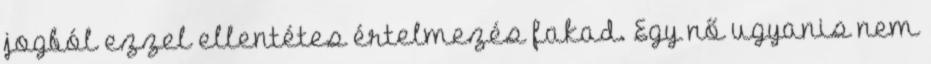
jogból ezzel ellentétes értelmezés fakad. Egy nő ugyanis nem